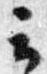
云